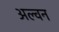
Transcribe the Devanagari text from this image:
अल्वन